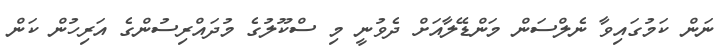
ނަން ކަމުގައިވާ ނެލްސަން މަންޑޭލާއަށް ދެވުނީ މި ސްކޫލުގެ މުދައްރިސުންގެ އަރިހުން ކަން